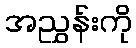
အညွှန်းကို